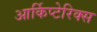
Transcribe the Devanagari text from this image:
आर्किप्टेरिक्स